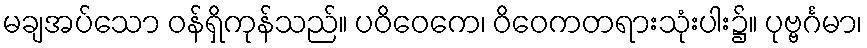
မချအပ်သော ဝန်ရှိကုန်သည်။ ပဝိဝေကေ၊ ဝိဝေကတရားသုံးပါး၌။ ပုဗ္ဗင်္ဂမာ၊